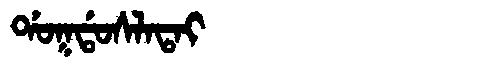
Manchu: ᡩᠣᡴᡩᠣᠰᠯᠠᡨᠠᡳ
Romanization: DOKDOSLATAI